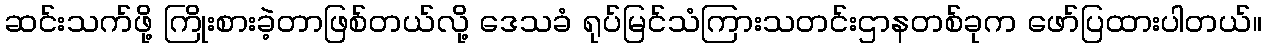
ဆင်းသက်ဖို့ ကြိုးစားခဲ့တာဖြစ်တယ်လို့ ဒေသခံ ရုပ်မြင်သံကြားသတင်းဌာနတစ်ခုက ဖော်ပြထားပါတယ်။